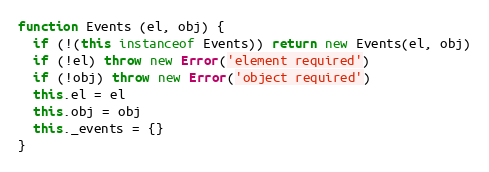
Language: JavaScript
function Events (el, obj) {
  if (!(this instanceof Events)) return new Events(el, obj)
  if (!el) throw new Error('element required')
  if (!obj) throw new Error('object required')
  this.el = el
  this.obj = obj
  this._events = {}
}